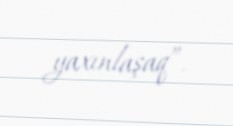
yaxınlaşaq”.